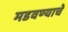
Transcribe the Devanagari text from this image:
मडवण्याचे